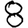
Digit: 8